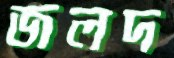
জলদ